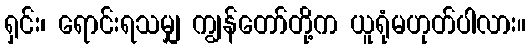
ရှင်း၊ ရောင်းရသမျှ ကျွန်တော်တို့က ယူရုံမဟုတ်ပါလား။